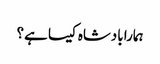
ہمارا بادشاہ کیسا ہے؟